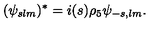
( \psi _ { s l m } ) ^ { * } = i ( s ) \rho _ { 5 } \psi _ { - s , l m } .